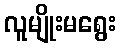
လူမျိုးမရွေး